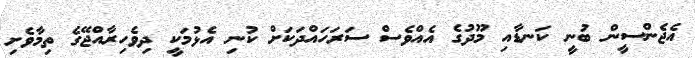
އެޖެންސީން ބުނީ ކަނޑާއި މޫދުގެ އެއްވެސް ސަރަހައްދަކަށް ކުނި އެޅުމަކީ ދިވެހިރާއްޖޭގެ ތިމާވެށި